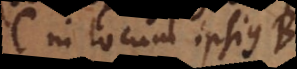
C in locum ipsius B